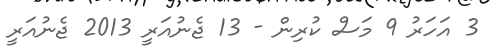
3 އަހަރު 9 މަސް ކުރިން - 13 ޖެނުއަރީ 2013 ޖެނުއަރީ